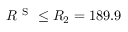
R ^ { \mathrm { ~ S ~ } } \leq R _ { 2 } = 1 8 9 . 9